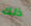
ذلك